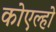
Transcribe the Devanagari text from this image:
कोएल्हो